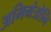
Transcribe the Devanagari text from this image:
अभिमंत्रोनि